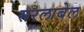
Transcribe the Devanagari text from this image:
सरलाबेल